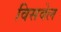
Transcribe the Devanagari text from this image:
विसवेल